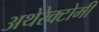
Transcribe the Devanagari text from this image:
अथेरेक्टोमी